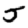
Digit: 5